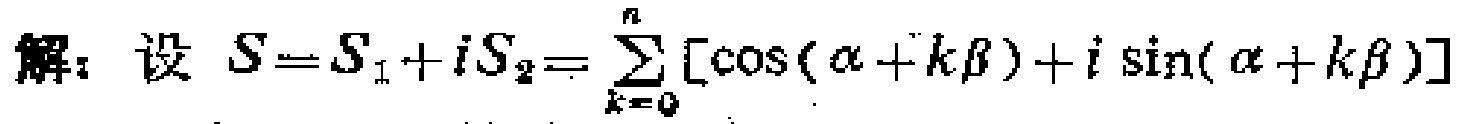
解：设 \(S = S_1 + iS_2=\sum_{k = 0}^{n}[\cos(\alpha + k\beta)+i\sin(\alpha + k\beta)]\)